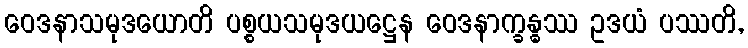
ဝေဒနာသမုဒယောတိ ပစ္စယသမုဒယဋ္ဌေန ဝေဒနာက္ခန္ဓဿ ဥဒယံ ပဿတိ,